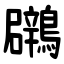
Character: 鸊